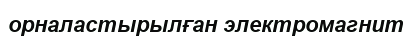
орналастырылған электромагнит